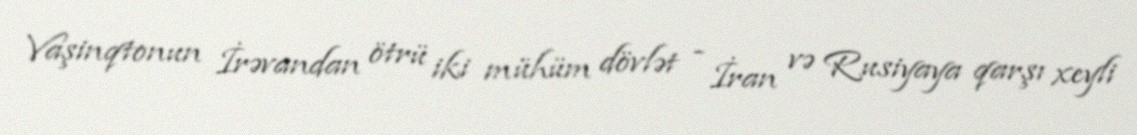
Vaşinqtonun İrəvandan ötrü iki mühüm dövlət - İran və Rusiyaya qarşı xeyli